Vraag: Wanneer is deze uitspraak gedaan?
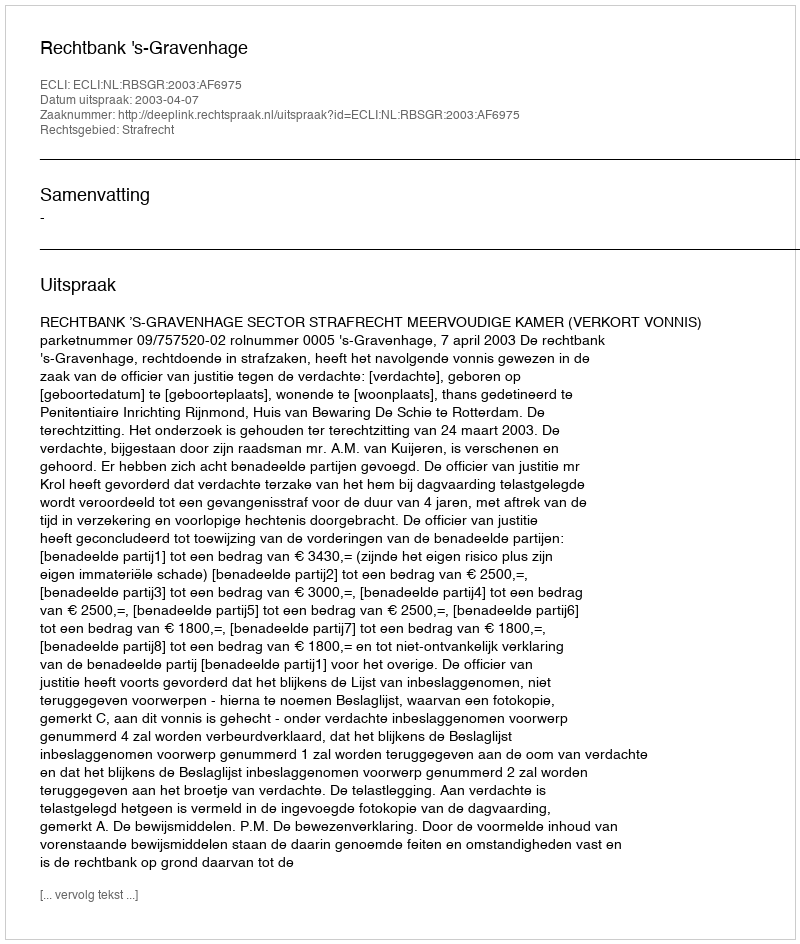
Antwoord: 2003-04-07